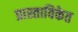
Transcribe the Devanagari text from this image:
प्रास्ताविकेत